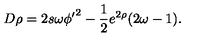
D \rho = 2 s \omega { \phi ^ { \prime } } ^ { 2 } - \frac 1 2 e ^ { 2 \rho } ( 2 \omega - 1 ) .